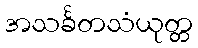
အသင်္ခတသံယုတ္တ